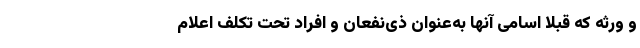
و ورثه که قبلا اسامی آنها به‌عنوان ذی‌نفعان و افراد تحت تکلف اعلام